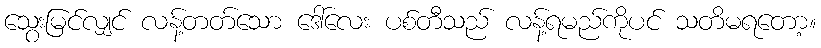
သွေးမြင်လျှင် လန့်တတ်သော ဒေါ်လေး ပစ်တီသည် လန့်ရမည်ကိုပင် သတိမရတော့။